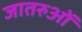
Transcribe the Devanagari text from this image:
जातरुओं